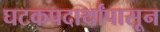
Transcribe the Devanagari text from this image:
घटकपदार्थांपासून